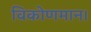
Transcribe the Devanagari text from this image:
विकोणमान।